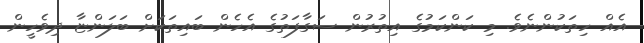
އެއް ހިތަކުންނެވެ. މި ކަންކަމުގެ އިތުރުން ސަގާފަތުގެ އެހެން ބައިތަކަށް ބަލަންޏާ ދިވެހީން